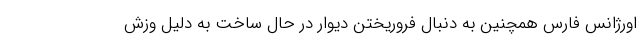
اورژانس فارس همچنین به دنبال فروریختن دیوار در حال ساخت به دلیل وزش